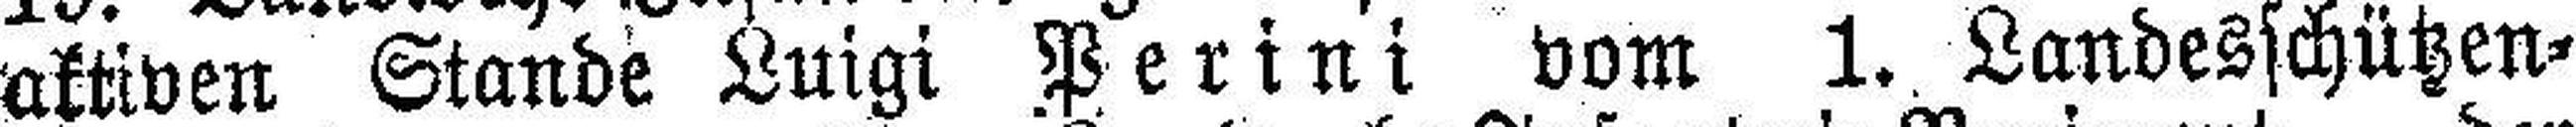
aktiven Stande Luigi Perini vom 1. Landesschützen¬